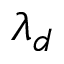
\lambda _ { d }